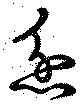
忿